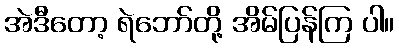
အဲဒီတော့ ရဲဘော်တို့ အိမ်ပြန်ကြ ပါ။